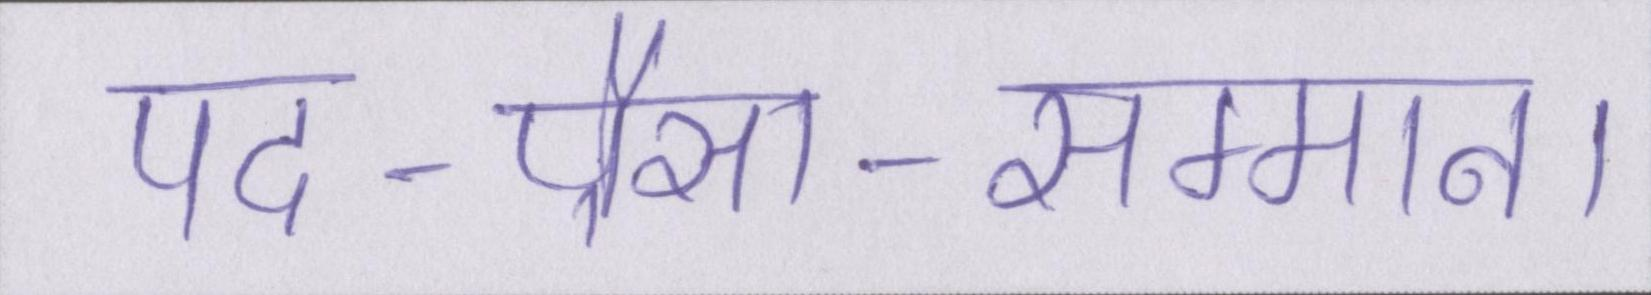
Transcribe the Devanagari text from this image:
पद-पैसा-सम्मान।